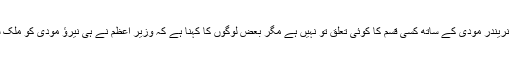
نیرؤ مودی کا بھارتی وزیر اعظم نریندر مودی کے ساتھ کسی قسم کا کوئی تعلق تو نہیں ہے مگر بعض لوگوں کا کہنا ہے کہ وزیر اعظم نے ہی نیرؤ مودی کو ملک سے فرار ہونے میں مدد دی تھی۔